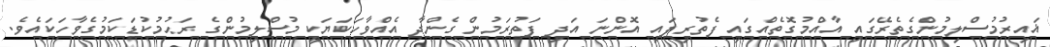
ޣައިރުމުސްލިމުންގެތެރޭގައި އާއްމުގޮތެއްގައި ފެތުރިފައި އޮންނަ އަދި ފަތުރަމުން ގެންދާ އެއްވާހަކަޔަކީ މުސްލިމުންގެ ރަޙުމުކުޑަކަމުގެވާހަކައެވެ.